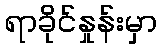
ရာခိုင်နှုန်းမှာ